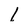
Character: l